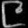
Digit: ၉